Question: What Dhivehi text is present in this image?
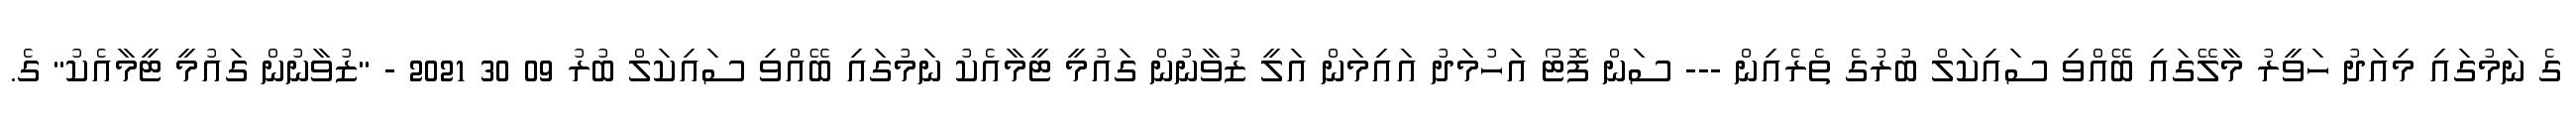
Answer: ގެ ނަމުގައި މިއަދު ހަވީރު މާލޭގައި ބޭއްވި ސައިކަލް ބުރުގެ ތެރެއިން --- ސަން ފޮޓޯ އަހުމަދު އައިމަން އަލީ ޒުވާނުން ގައުމީ ޓީމާއެކު ނަމުގައި ބޭއްވި ސައިކަލް ބުރު 09 30 2021 - "ޒުވާނުން ގައުމީ ޓީމާއެކު" ގެ.